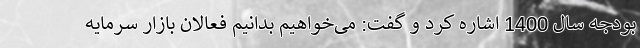
بودجه سال 1400 اشاره کرد و گفت: می‌خواهیم بدانیم فعالان بازار سرمایه